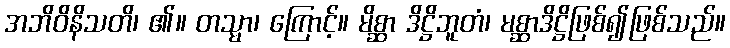
အဘိဝိနိသတိ၊ ၏။ တသ္မာ၊ ကြောင့်။ မိစ္ဆာ ဒိဋ္ဌိဘူတံ၊ မစ္ဆာဒိဋ္ဌိဖြစ်၍ဖြစ်သည်။